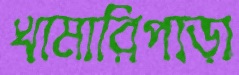
খামারিপাড়া